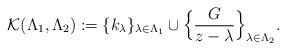
LaTeX: \begin{align*}\mathcal{K}(\Lambda_1, \Lambda_2) :=\{k_{\lambda}\}_{\lambda\in \Lambda_1}\cup \Big\{ \frac{G}{z-\lambda}\Big\}_{\lambda\in \Lambda_2}. \end{align*}